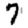
Digit: 7